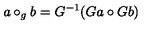
a \circ _ { g } b = G ^ { - 1 } ( G a \circ G b )